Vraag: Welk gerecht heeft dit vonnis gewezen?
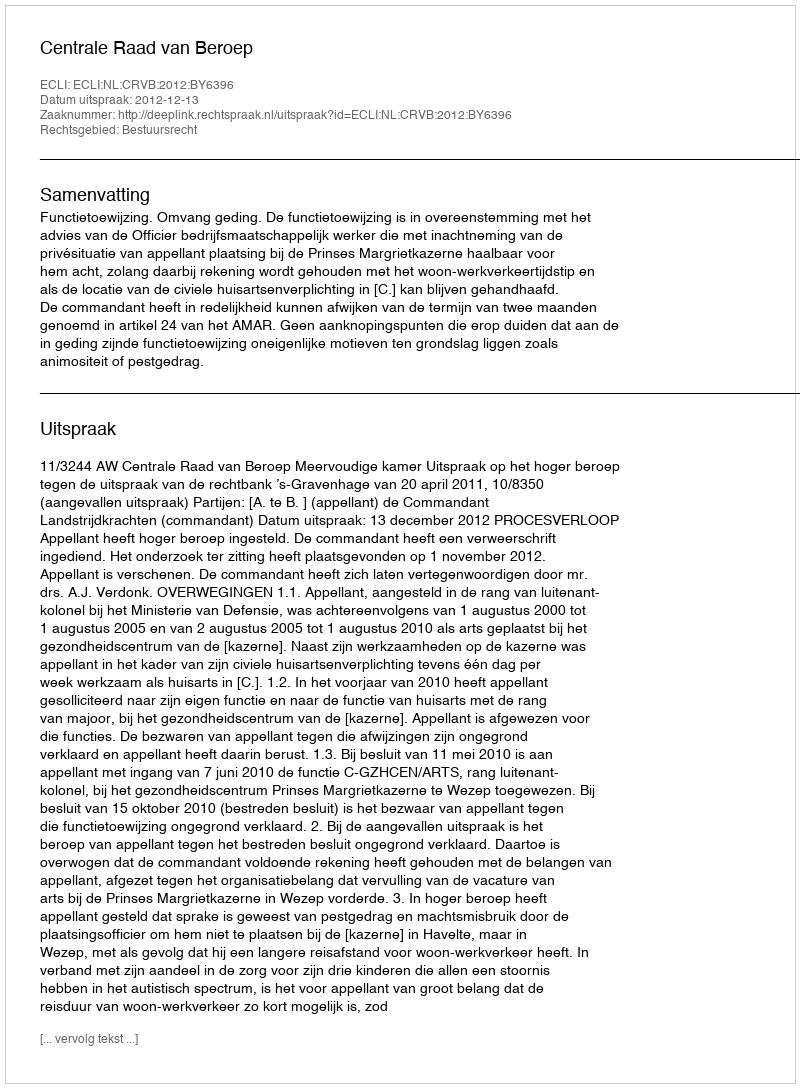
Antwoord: Centrale Raad van Beroep